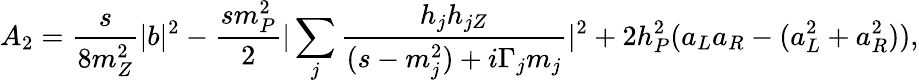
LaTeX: A_{2}=\frac{s}{8m_{Z}^{2}}|b|^{2}-\frac{sm_{P}^{2}}{2}|\sum_{j}\frac{h_{j}h_{jZ}}{(s-m_{j}^{2})+i\Gamma_{j}m_{j}}|^{2}+2h_{P}^{2}(a_{L}a_{R}-(a_{L}^{2}+a_{R}^{2})),